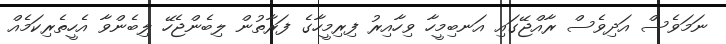
ނަމަވެސް އަދިވެސް ރާއްޖޭގައި އަނބިމީހާ ވިހާއިރު ފިރިމީހާގެ ފަރާތުން ލިބެންޖެހޭ ލިބެންވާ އެހީތެރިކަމެއް